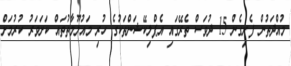
މުއްދަތުން ފެށިގެން 15 ދުވަސް ތެރޭގައި އެޕްލިކޭޝަންތަކުގެ ހުރި މައުލޫމާތުތައް ކަށަވަރު ކުރުމަށް